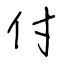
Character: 付